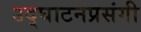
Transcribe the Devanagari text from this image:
उद्घाटनप्रसंगी